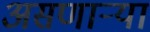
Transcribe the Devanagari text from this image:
असणाऱ्यां